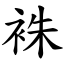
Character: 袾